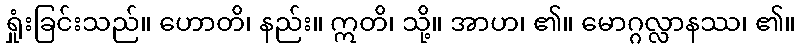
ရှုံးခြင်းသည်။ ဟောတိ၊ နည်း။ ဣတိ၊ သို့။ အာဟ၊ ၏။ မောဂ္ဂလ္လာနဿ၊ ၏။